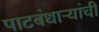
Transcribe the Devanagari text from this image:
पाटबंधाऱ्यांची